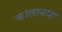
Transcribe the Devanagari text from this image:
कालाबाश